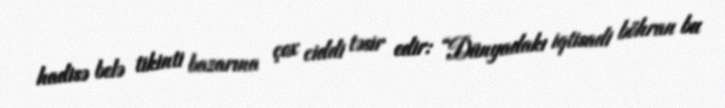
hadisə belə tikinti bazarına çox ciddi təsir edir: “Dünyadakı iqtisadi böhran bu